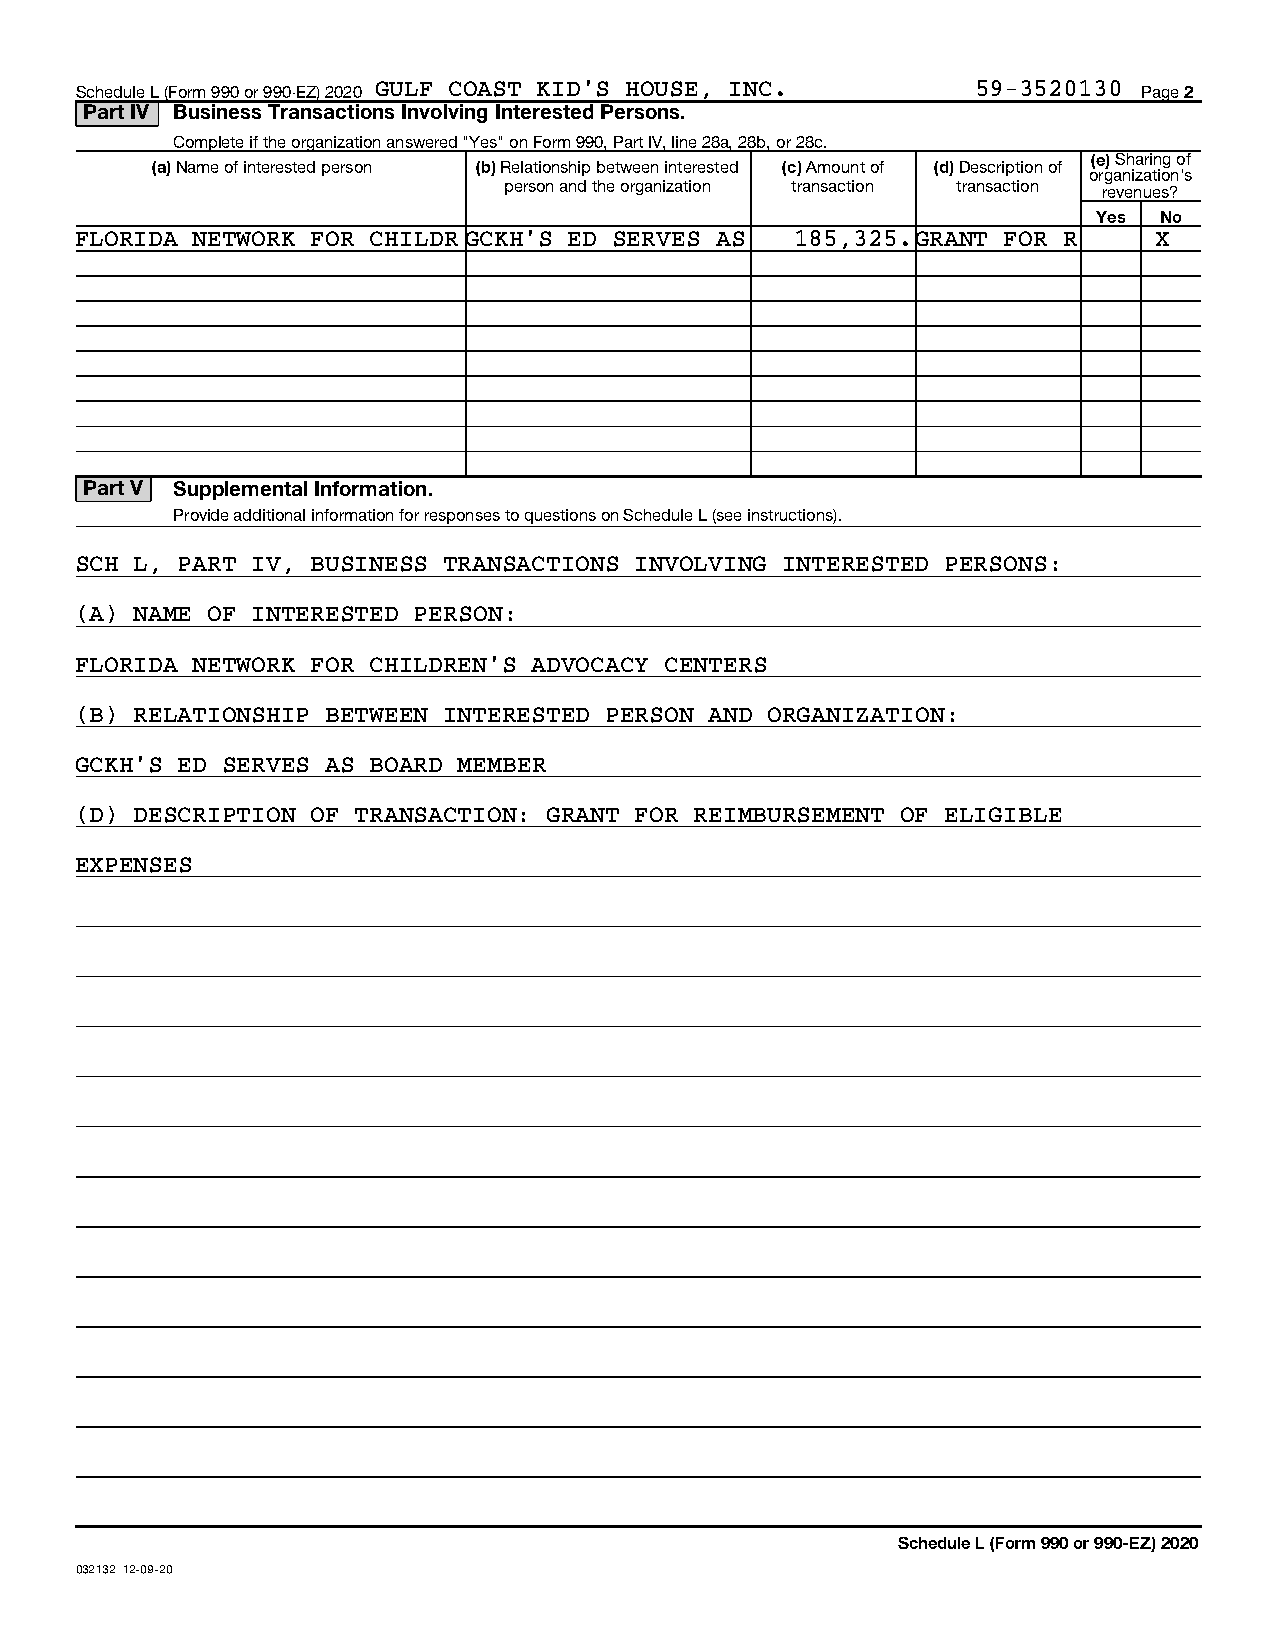
Schedule L (Form 990 or 990-EZ) 2020 GULF COAST KID'S HOUSE, INC. 59-3520130 Page 2
 Part IV Business Transactions Involving Interested Persons.
 Complete if the organization answered "Yes" on Form 990, Part IV, line 28a, 28b, or 28c.
 (e) Sharing of
 (a) Name of interested person (b) Relationship between interested (c) Amount of (d) Description of
 organization's
 person and the organization transaction transaction revenues?
 Yes No
 FLORIDA NETWORK FOR CHILDR GCKH'S ED SERVES AS  185,325.GRANT FOR R    X
 Part V Supplemental Information.
 Provide additional information for responses to questions on Schedule L (see instructions).
 SCH L, PART IV, BUSINESS TRANSACTIONS INVOLVING INTERESTED PERSONS:
 (A) NAME OF INTERESTED PERSON:
 FLORIDA NETWORK FOR CHILDREN'S ADVOCACY CENTERS
 (B) RELATIONSHIP BETWEEN INTERESTED PERSON AND ORGANIZATION:
 GCKH'S ED SERVES AS BOARD MEMBER
 (D) DESCRIPTION OF TRANSACTION: GRANT FOR REIMBURSEMENT OF ELIGIBLE
 EXPENSES
 Schedule L (Form 990 or 990-EZ) 2020
 032132 12-09-20